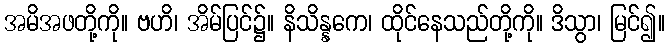
အမိအဖတို့ကို။ ဗဟိ၊ အိမ်ပြင်၌။ နိသိန္နကေ၊ ထိုင်နေသည်တို့ကို။ ဒိသွာ၊ မြင်၍။